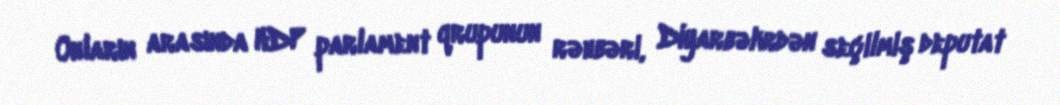
Onların arasında HDP parlament qrupunun rəhbəri, Diyarbəkrdən seçilmiş deputat